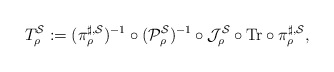
\begin{align*} T^{\mathcal S}_\rho:=(\pi^{\sharp,\mathcal S}_{\rho})^{-1}\circ({\mathcal P}^{\mathcal S}_\rho)^{-1}\circ {\mathcal J}^{\mathcal S}_\rho\circ {\rm Tr}\circ\pi^{\sharp,\mathcal S}_{\rho},\end{align*}